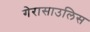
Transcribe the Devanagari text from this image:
गेरासाउलिस